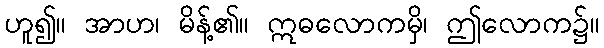
ဟူ၍။ အာဟ၊ မိန့်၏။ ဣဓလောကမှိ၊ ဤလောက၌။